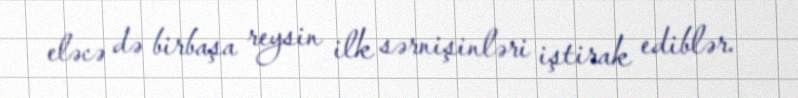
eləcə də birbaşa reysin ilk sərnişinləri iştirak ediblər.